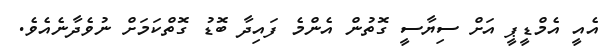
އެއީ އެމްޑީޕީ އަށް ސިޔާސީ ގޮތުން އެންމެ ފައިދާ ބޮޑު ގޮތްކަމަށް ނުވެދާނެއެވެ.